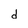
Character: d